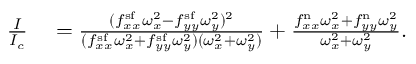
\begin{array} { r l } { \frac { I } { I _ { c } } } & { { } = \frac { ( f _ { x x } ^ { \mathrm { s f } } \omega _ { x } ^ { 2 } - f _ { y y } ^ { \mathrm { s f } } \omega _ { y } ^ { 2 } ) ^ { 2 } } { ( f _ { x x } ^ { \mathrm { s f } } \omega _ { x } ^ { 2 } + f _ { y y } ^ { \mathrm { s f } } \omega _ { y } ^ { 2 } ) ( \omega _ { x } ^ { 2 } + \omega _ { y } ^ { 2 } ) } + \frac { f _ { x x } ^ { \mathrm { n } } \omega _ { x } ^ { 2 } + f _ { y y } ^ { \mathrm { n } } \omega _ { y } ^ { 2 } } { \omega _ { x } ^ { 2 } + \omega _ { y } ^ { 2 } } . } \end{array}